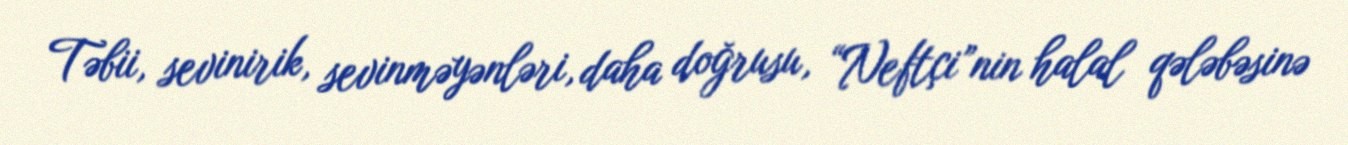
Təbii, sevinirik, sevinməyənləri, daha doğrusu, “Neftçi”nin halal qələbəsinə